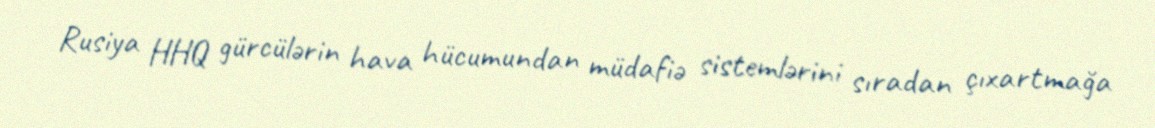
Rusiya HHQ gürcülərin hava hücumundan müdafiə sistemlərini sıradan çıxartmağa